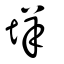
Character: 垟